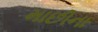
માછીના